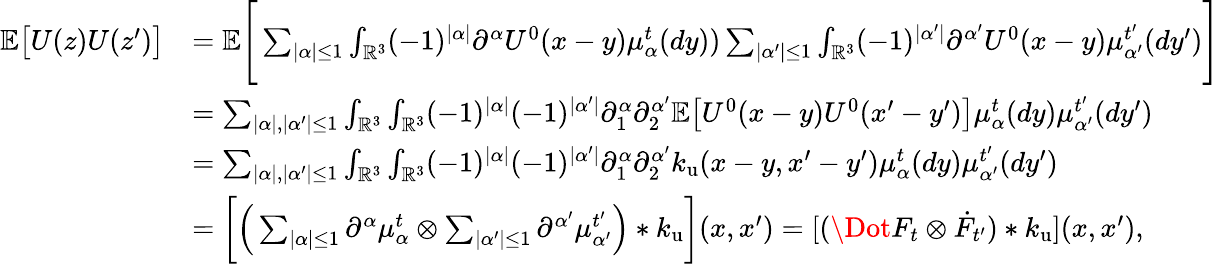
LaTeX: \begin{array}{rl}{\mathbb{E}\big[U(z)U(z^{\prime})\big]}&{=\mathbb{E}\Bigg[\sum_{|\alpha|\leq 1}\int_{\mathbb{R}^{3}}(-1)^{|\alpha|}\partial^{\alpha}U^{0}(x-y)\mu_{\alpha}^{t}(dy))\sum_{|\alpha^{\prime}|\leq 1}\int_{\mathbb{R}^{3}}(-1)^{|\alpha^{\prime}|}\partial^{\alpha^{\prime}}U^{0}(x-y)\mu_{\alpha^{\prime}}^{t^{\prime}}(dy^{\prime})\Bigg]}\\ &{=\sum_{|\alpha|,|\alpha^{\prime}|\leq 1}\int_{\mathbb{R}^{3}}\int_{\mathbb{R}^{3}}(-1)^{|\alpha|}(-1)^{|\alpha^{\prime}|}\partial_{1}^{\alpha}\partial_{2}^{\alpha^{\prime}}\mathbb{E}\big[U^{0}(x-y)U^{0}(x^{\prime}-y^{\prime})\big]\mu_{\alpha}^{t}(dy)\mu_{\alpha^{\prime}}^{t^{\prime}}(dy^{\prime})}\\ &{=\sum_{|\alpha|,|\alpha^{\prime}|\leq 1}\int_{\mathbb{R}^{3}}\int_{\mathbb{R}^{3}}(-1)^{|\alpha|}(-1)^{|\alpha^{\prime}|}\partial_{1}^{\alpha}\partial_{2}^{\alpha^{\prime}}k_{\mathrm{u}}(x-y,x^{\prime}-y^{\prime})\mu_{\alpha}^{t}(dy)\mu_{\alpha^{\prime}}^{t^{\prime}}(dy^{\prime})}\\ &{=\bigg[\Big(\sum_{|\alpha|\leq 1}\partial^{\alpha}\mu_{\alpha}^{t}\otimes\sum_{|\alpha^{\prime}|\leq 1}\partial^{\alpha^{\prime}}\mu_{\alpha^{\prime}}^{t^{\prime}}\Big)*k_{\mathrm{u}}\bigg](x,x^{\prime})=[(\Dot{F}_{t}\otimes\dot{F}_{t^{\prime}})*k_{\mathrm{u}}](x,x^{\prime}),}\end{array}